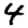
Digit: 4